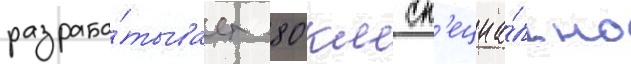
разраба́тывает 80 км сп'ециа́льно